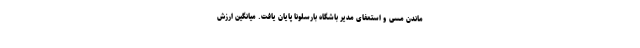
ماندن مسی و استعفای مدیر باشگاه بارسلونا پایان یافت. میانگین ارزش